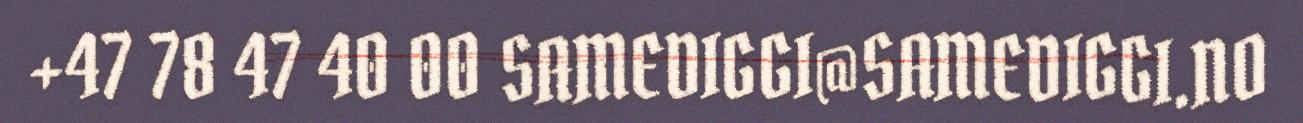
+47 78 47 40 00 SAMEDIGGI@SAMEDIGGI.NO